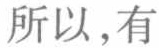
所以，有